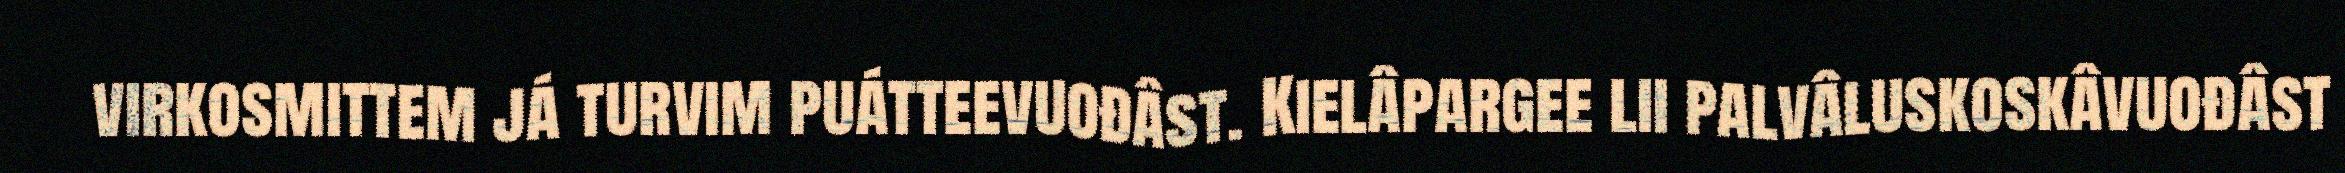
virkosmittem já turvim puátteevuođâst. Kielâpargee lii palvâluskoskâvuođâst